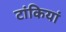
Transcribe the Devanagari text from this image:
टांकियां